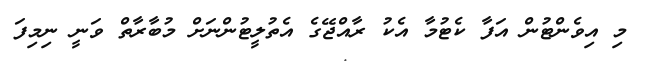
މި އިވެންޓުން އަފާ ކެޓުމާ އެކު ރާއްޖޭގެ އެތުލީޓުންނަށް މުބާރާތް ވަނީ ނިމިފަ